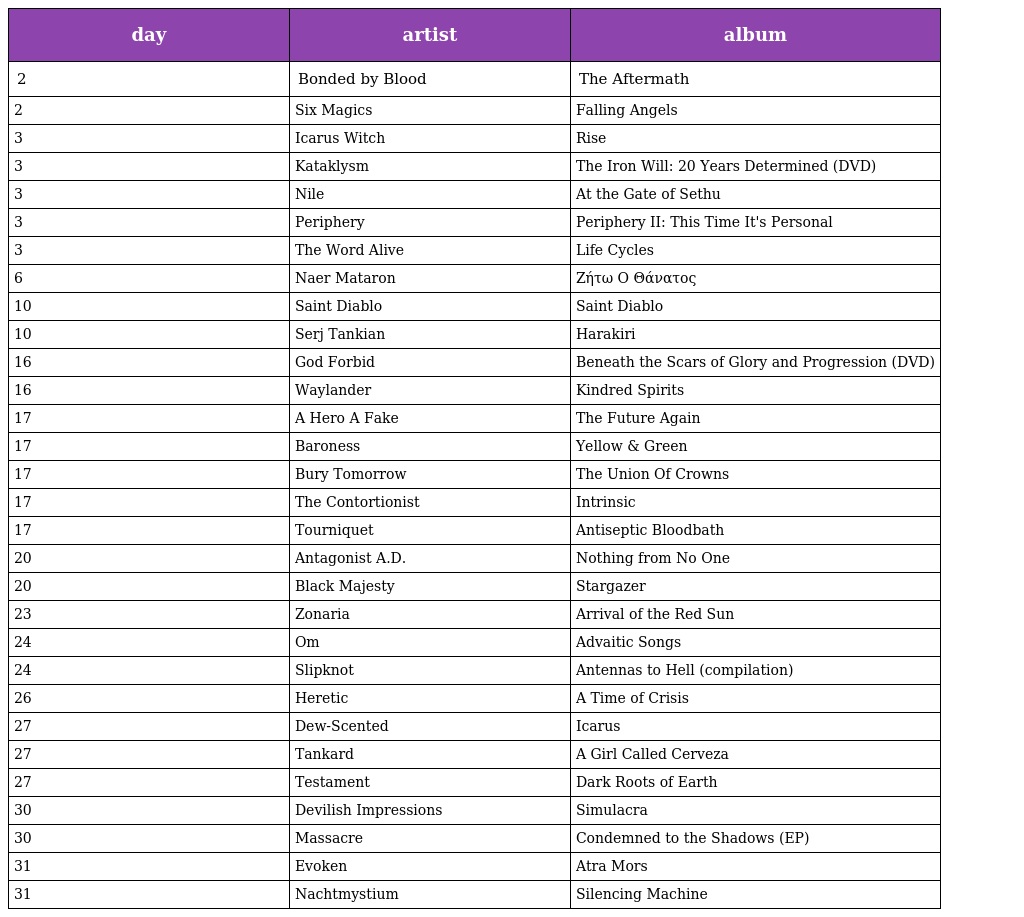
| day | artist | album |
 | --- | --- | --- |
 | 2 | Bonded by Blood | The Aftermath |
 | 2 | Six Magics | Falling Angels |
 | 3 | Icarus Witch | Rise |
 | 3 | Kataklysm | The Iron Will: 20 Years Determined (DVD) |
 | 3 | Nile | At the Gate of Sethu |
 | 3 | Periphery | Periphery II: This Time It's Personal |
 | 3 | The Word Alive | Life Cycles |
 | 6 | Naer Mataron | Ζήτω Ο Θάνατος |
 | 10 | Saint Diablo | Saint Diablo |
 | 10 | Serj Tankian | Harakiri |
 | 16 | God Forbid | Beneath the Scars of Glory and Progression (DVD) |
 | 16 | Waylander | Kindred Spirits |
 | 17 | A Hero A Fake | The Future Again |
 | 17 | Baroness | Yellow & Green |
 | 17 | Bury Tomorrow | The Union Of Crowns |
 | 17 | The Contortionist | Intrinsic |
 | 17 | Tourniquet | Antiseptic Bloodbath |
 | 20 | Antagonist A.D. | Nothing from No One |
 | 20 | Black Majesty | Stargazer |
 | 23 | Zonaria | Arrival of the Red Sun |
 | 24 | Om | Advaitic Songs |
 | 24 | Slipknot | Antennas to Hell (compilation) |
 | 26 | Heretic | A Time of Crisis |
 | 27 | Dew-Scented | Icarus |
 | 27 | Tankard | A Girl Called Cerveza |
 | 27 | Testament | Dark Roots of Earth |
 | 30 | Devilish Impressions | Simulacra |
 | 30 | Massacre | Condemned to the Shadows (EP) |
 | 31 | Evoken | Atra Mors |
 | 31 | Nachtmystium | Silencing Machine |